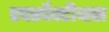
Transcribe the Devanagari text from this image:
रपर्स्पेक्टीव्ह्स